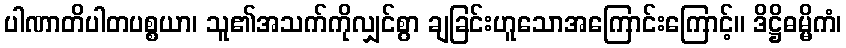
ပါဏာတိပါတပစ္စယာ၊ သူ၏အသက်ကိုလျှင်စွာ ချခြင်းဟူသောအကြောင်းကြောင့်။ ဒိဋ္ဌိဓမ္မိကံ၊